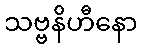
သဗ္ဗနိဟီနော